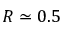
R \simeq 0 . 5